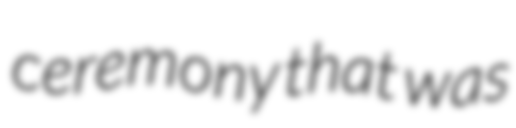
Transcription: ceremony that was